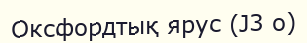
Оксфордтық ярус (J3 о)